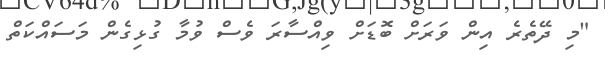
"މި ދޭތެރެ އިން ވަރަށް ބޮޑަށް ވިއްސާރަ ވެސް ވުމާ ގުޅިގެން މަސައްކަތް